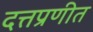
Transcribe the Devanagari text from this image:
दत्तप्रणीत